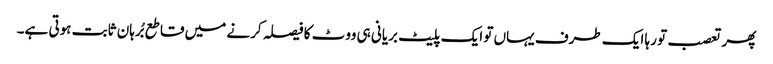
پھر تعصب تو رہا ایک طرف یہاں تو ایک پلیٹ بریانی ہی ووٹ کا فیصلہ کرنے میں قاطع بُرہان ثابت ہوتی ہے۔